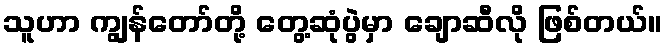
သူဟာ ကျွန်တော်တို့ တွေ့ဆုံပွဲမှာ ချောဆီလို ဖြစ်တယ်။